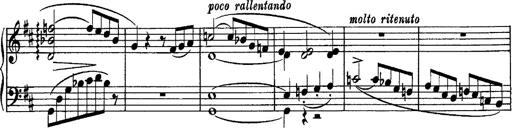
Title: Piano Sonata
Composer: Karl HÃ¤ssler
Key: C major